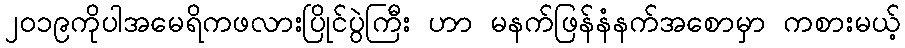
၂၀၁၉ကိုပါအမေရိကဖလားပြိုင်ပွဲကြီး ဟာ မနက်ဖြန်နံနက်အစောမှာ ကစားမယ့်